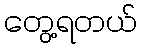
တွေ့ရတယ်